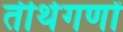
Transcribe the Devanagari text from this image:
तीर्थगणों